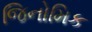
જિનોમિક